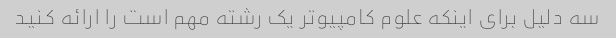
سه دلیل برای اینکه علوم کامپیوتر یک رشته مهم است را ارائه کنید